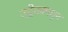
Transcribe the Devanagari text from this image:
उद्रेकामधून